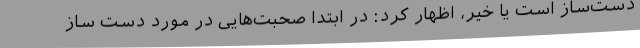
دست‌ساز است یا خیر، اظهار کرد: در ابتدا صحبت‌هایی در مورد دست ساز